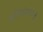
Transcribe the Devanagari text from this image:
हस्तिदंतापासून